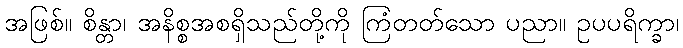
အဖြစ်။ စိန္တာ၊ အနိစ္စအစရှိသည်တို့ကို ကြံတတ်သော ပညာ။ ဥပပရိက္ခာ၊